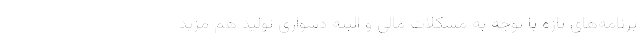
برنامه‌های تازه با توجه به مشکلات مالی و البته دشواری تولید هم مزید